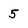
Character: 5